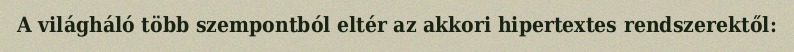
A világháló több szempontból eltér az akkori hipertextes rendszerektől: